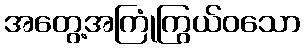
အတွေ့အကြုံကြွယ်ဝသော